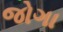
જોગા